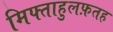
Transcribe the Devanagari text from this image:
मिफ्ताहुलफ़तह